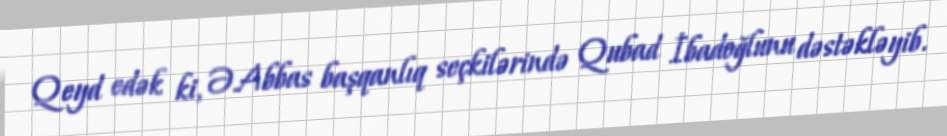
Qeyd edək ki, Ə.Abbas başqanlıq seçkilərində Qubad İbadoğlunu dəstəkləyib.